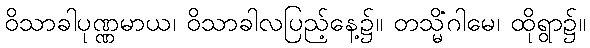
ဝိသာခါပုဏ္ဏမာယ၊ ဝိသာခါလပြည့်နေ့၌။ တသ္မိံဂါမေ၊ ထိုရွာ၌။